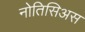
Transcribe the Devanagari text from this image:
नोतिसिअस